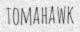
TOMAHAWK